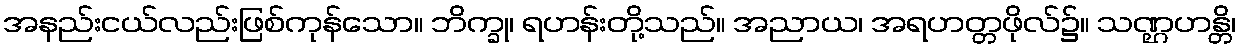
အနည်းငယ်လည်းဖြစ်ကုန်သော။ ဘိက္ခု၊ ရဟန်းတို့သည်။ အညာယ၊ အရဟတ္တဖိုလ်၌။ သဏ္ဌဟန္တိ၊